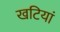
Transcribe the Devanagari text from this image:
खटियां